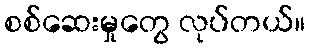
စစ်ဆေးမှုတွေ လုပ်တယ်။